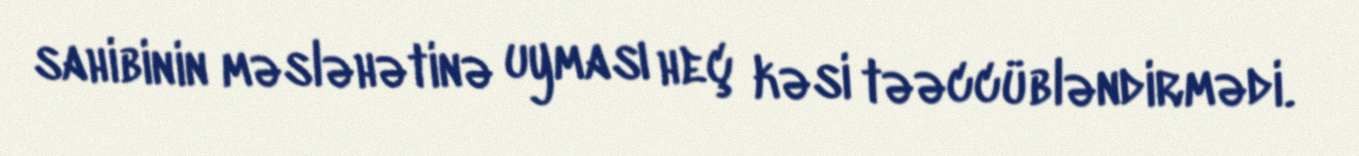
sahibinin məsləhətinə uyması heç kəsi təəccübləndirmədi.